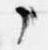
々